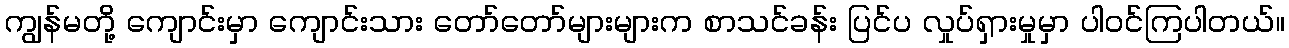
ကျွန်မတို့ ကျောင်းမှာ ကျောင်းသား တော်တော်များများက စာသင်ခန်း ပြင်ပ လှုပ်ရှားမှုမှာ ပါဝင်ကြပါတယ်။